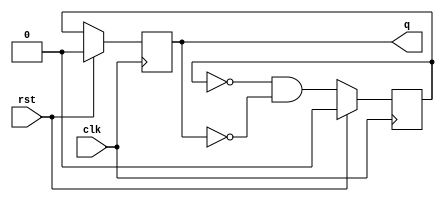
//*******************************************************//
//Project name:frequency divide by 3                     //
//Module name: fby3                                      //
//Design version: 1.0                                    //
//Tools used: Synopsys VCS
//Tools version:
//Desctiption:
//Developer name:
//Additional comments:
//******************************************************//

`timescale 1ns/10ps
module fby3(clk,rst, q);
input clk,rst;
output reg q;

reg q1;

always @(posedge (clk)) begin
if(rst)begin
q1<=0;
q<=0;
end else begin
q1<= !q1 && !q;
q<= q1;
end
end
endmodule